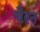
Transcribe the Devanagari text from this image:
चैरन